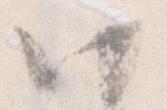
い